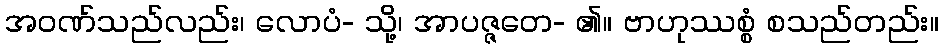
အဝဏ်သည်လည်း၊ လောပံ- သို့၊ အာပဇ္ဇတေ- ၏။ ဗာဟုဿစ္စံ စသည်တည်း။